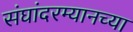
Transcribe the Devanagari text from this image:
संघांदरम्यानच्या